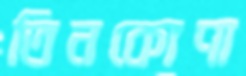
তিনকোণা